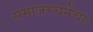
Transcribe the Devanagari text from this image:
समाजरचनेचा